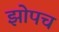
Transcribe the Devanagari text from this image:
झोपच